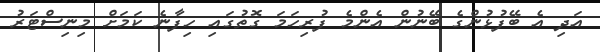
އަދި އެ ބޭފުޅުންގެ ބޭނުން އެންމެ ފުރިހަމަ ގޮތުގައި ހިފާނެ ކަމަށް މިނިސްޓަރު